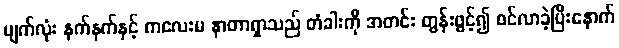
မျက်လုံး နက်နက်နှင့် ကလေးမ နာတာရှာသည် တံခါးကို အတင်း တွန်းဖွင့်၍ ဝင်လာခဲ့ပြီးနောက်